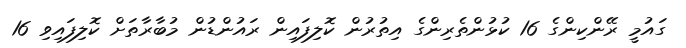
ގައުމީ ރޭންކިންގެ 16 ކުޅުންތެރިންގެ އިތުރުން ކޮލިފައިން ރައުންޑުން މުބާރާތަށް ކޮލިފައިވި 16